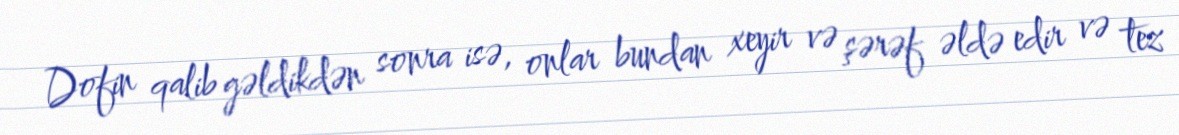
Dofin qalib gəldikdən sonra isə, onlar bundan xeyir və şərəf əldə edir və tez